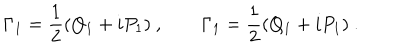
\Gamma _ { 1 } = { \frac { 1 } { 2 } } ( Q _ { 1 } + i P _ { 1 } ) \ , \qquad \Gamma _ { 1 } = { \frac { 1 } { 2 } } ( Q _ { 1 } + i P _ { 1 } ) \ .